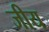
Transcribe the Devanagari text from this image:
जीय